Tartu_pedagoogiumi_aruanded, lk 7
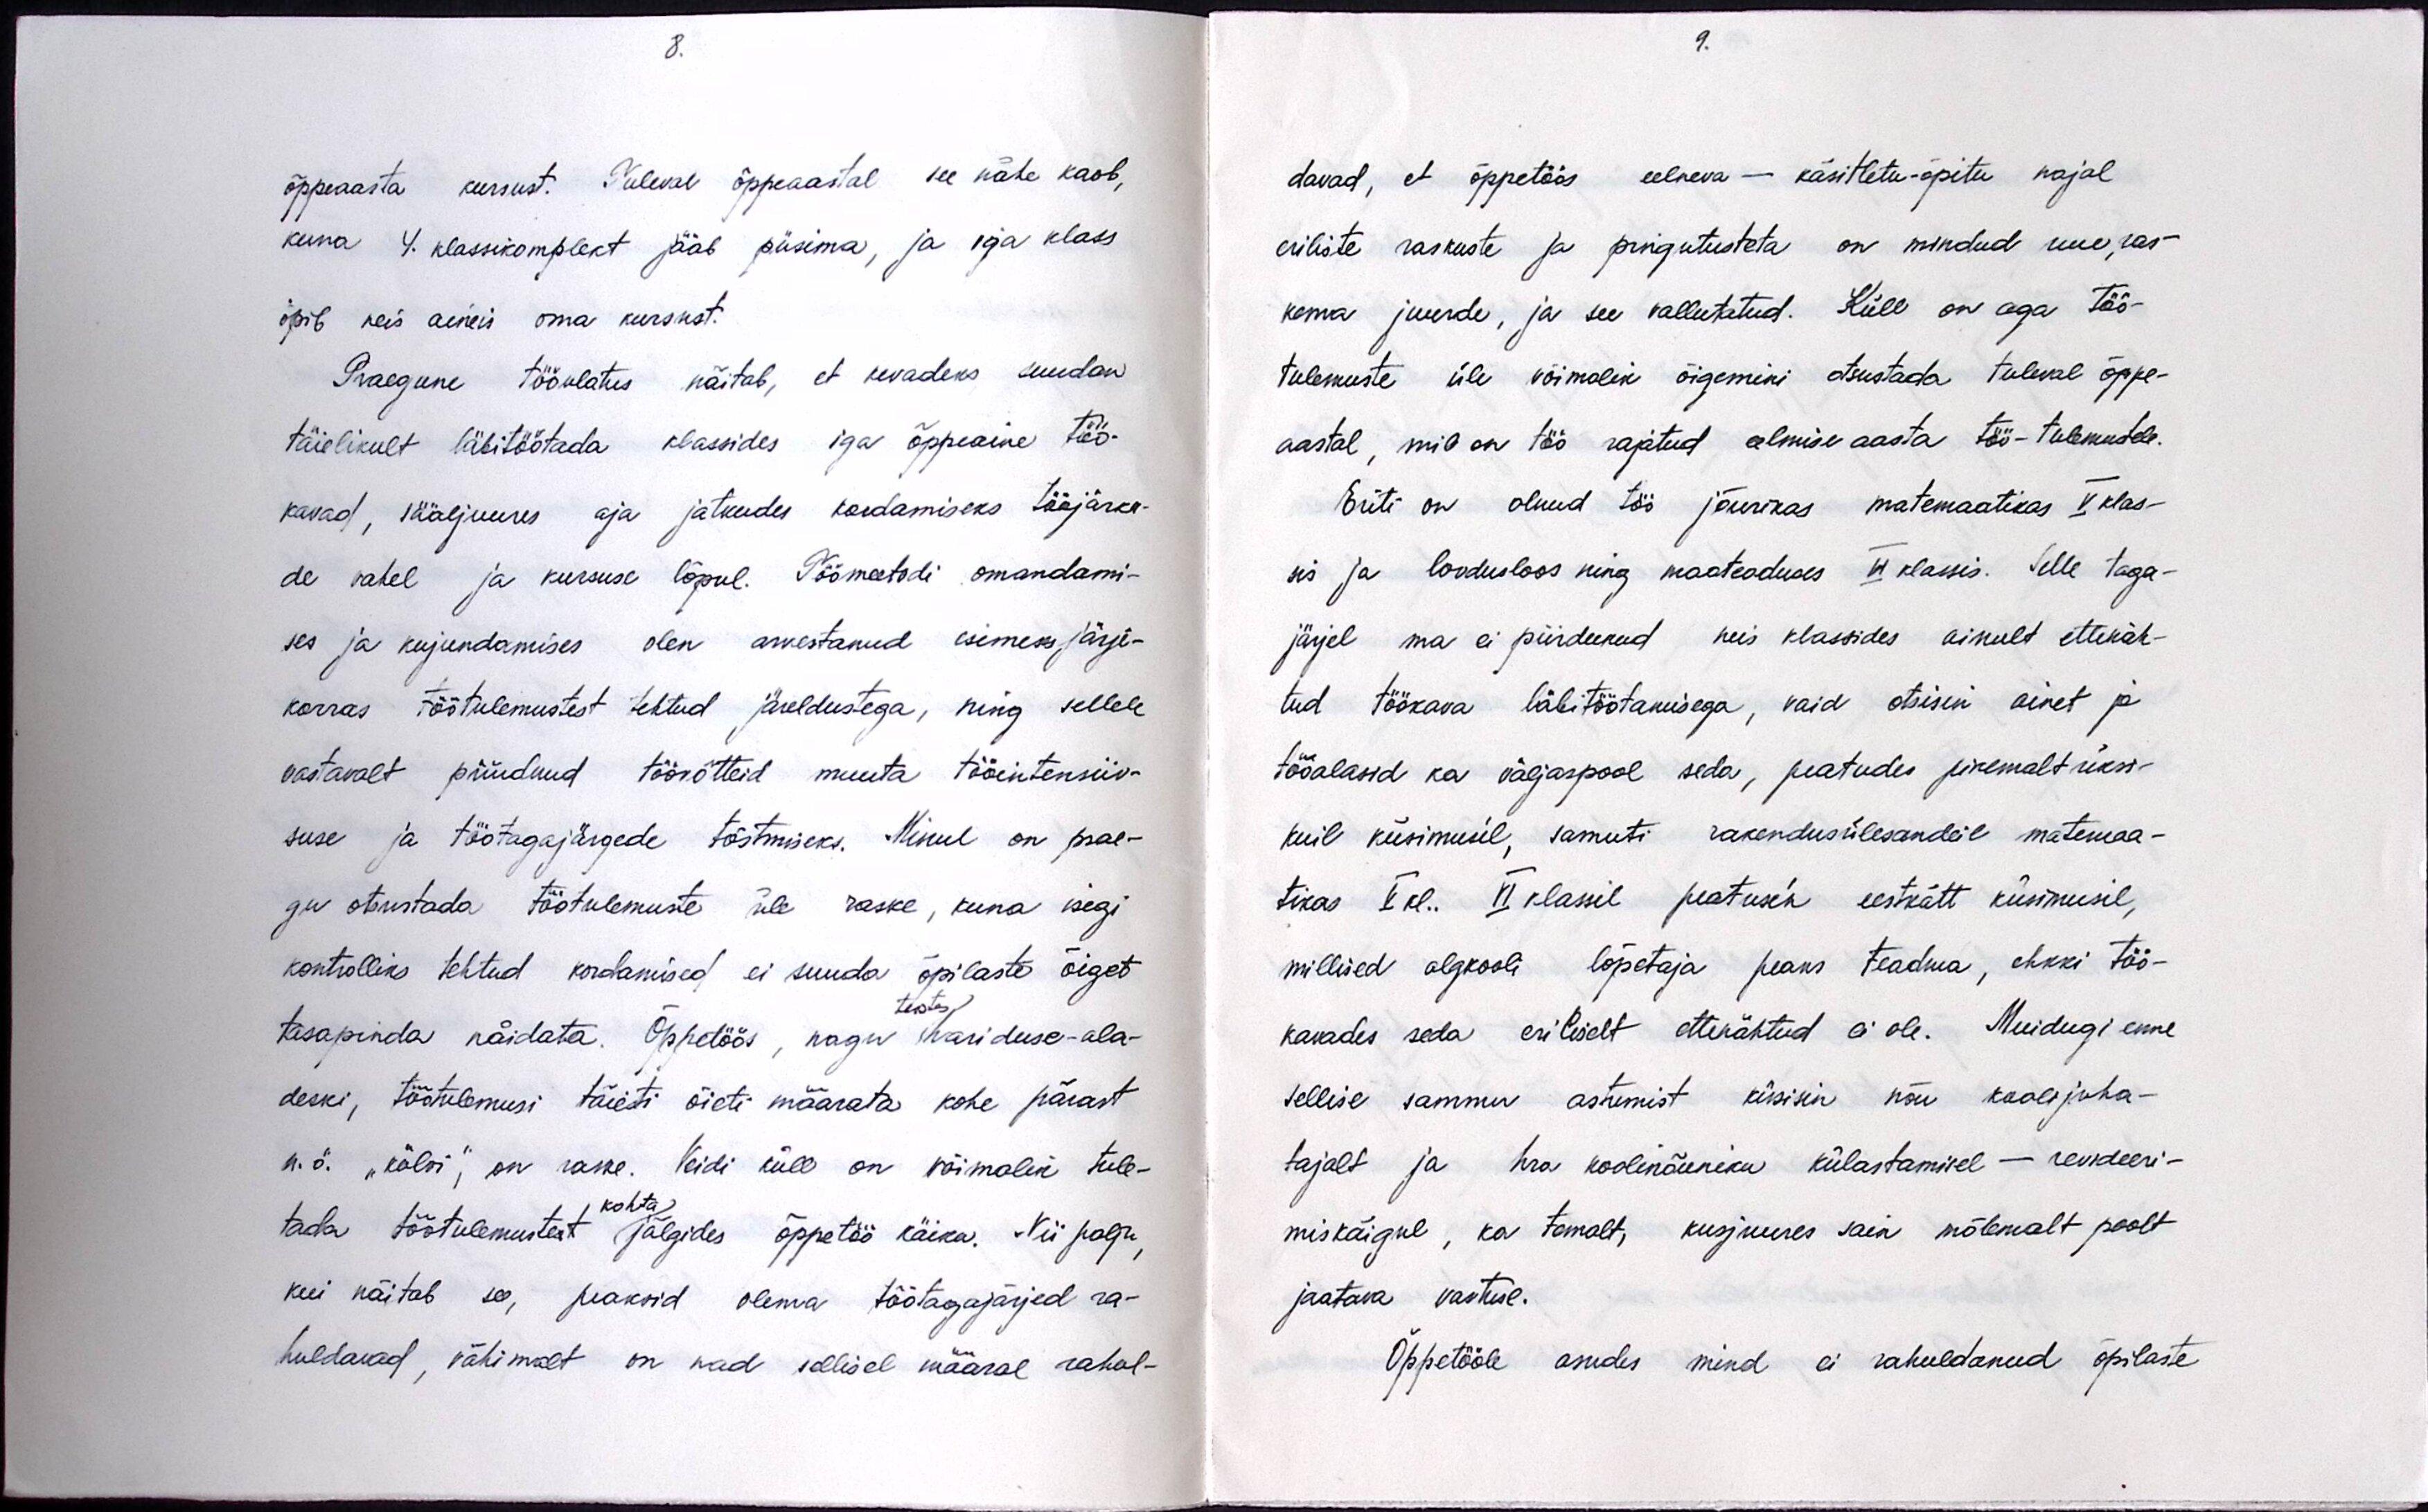
õppeaasta kursust. Tuleval õppaaastal see nähe kaob,
kuna 4. klassikomplekt jääb püsima, ja iga klass
õpib neis aineis oma kursust.
Praegune tööulatus näitab, et kevadeks suudan
täielikult läbitöötada klassides iga õppeaine töö-
kavad, sääljuures aja jätkudes kordamiseks tööjärku-
de vahel ja kursuse lõpul. Töömeetodi omandami-
ses ja kujundamises olen arvestanud esimeses järje-
korras töötulemustest tehtud järeldustega, ning sellele
vastavalt püüdnud töövõtteid muuta tööintensiiv-
suse ja töötagajärgede tõstmiseks. Minul on prae-
gu otsustada töötulemuste üle raske, kuna isegi
kontrolliks tehtud kordamised ei suuda õpilaste õiget
tasapinda näidata. Õppetöös, nagu teistes hariduse-ala-
deski, töötulemusi täiesti õieti määrata kohe pärast
n. ö. "külvi", on raske. Veidi küll on võimalik tule-
tada töötulemustest kohta jälgides õppetöö käiku. Nii palju,
kui näitab see, peaksid olema töötagajärjed ra-
huldavad, vähimalt on nad sellisel määral rahul-

davad, et õppetöös eelneva - käsitletu-õpitu najal
eriliste raskuste ja pingutusteta on mindud uue, ras-
kema juurde, ja see vallutatud. Küll on aga töö-
tulemuste üle võimalik õigemini otsustada tuleval õppe-
aastal, mil on töö rajatud eelmise aasta töö-tulemustele.
Eriti on olnud töö jõurikas matemaatikas V. klas-
sis ja loodusloos ning maateaduses VI. klassis. Selle taga-
järjel ma ei piirdunud neis klassides ainult ettenäh-
tud töökava läbitöötamisega, vaid otsisin ainet ja
tööalasid ka väljaspool seda, peatudes pikemalt üksi-
kuil küsimusel, samuti rakendusülesandeil matemaa-
tikas V kl. VI klassil peatusin eestkätt küsimusil,
millised algkooli lõpetaja peaks teadma, ehkki töö-
kavades seda eriliselt ettenähtud ei ole. Muidugi enne
sellise sammu astumist küsisin nõu koolijuha-
tajalt ja hra koolinõuniku külastamisel - revideeri-
miskäigul, ka temalt, kusjuures sain mõlemalt poolt
jaatava vastuse.
Õppetööle asudes mind ei rahuldanud õpilaste